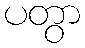
ပတွာ